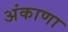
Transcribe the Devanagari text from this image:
अंकाणा